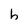
Character: h